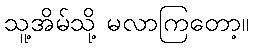
သူ့အိမ်သို့ မလာကြတော့။